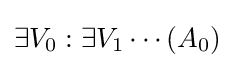
\exists V_{0}:\exists V_{1}\cdots (A_{0})